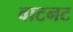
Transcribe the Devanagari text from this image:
वाटनट